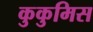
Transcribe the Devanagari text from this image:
कुकुमिस